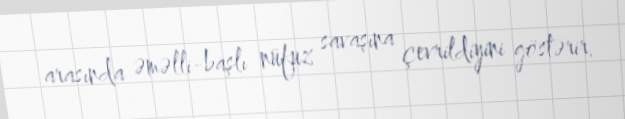
arasında əməlli-başlı nüfuz savaşına çevrildiyini göstərir.